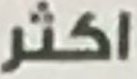
اكثر